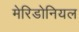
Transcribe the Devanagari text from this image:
मेरिडोनियल